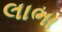
લાભા